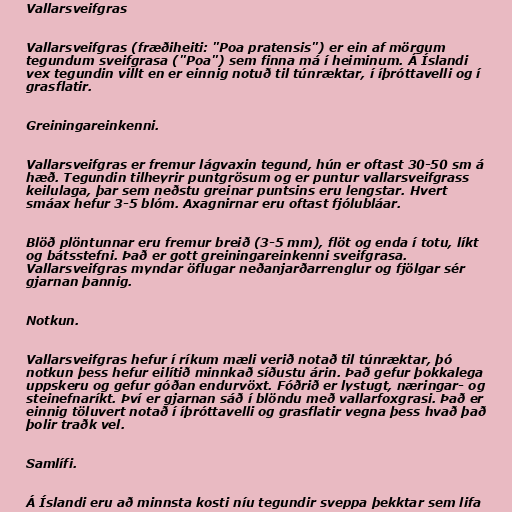
Vallarsveifgras

Vallarsveifgras (fræðiheiti: "Poa pratensis") er ein af mörgum
tegundum sveifgrasa ("Poa") sem finna má í heiminum. Á Íslandi
vex tegundin villt en er einnig notuð til túnræktar, í íþróttavelli og í
grasflatir.

Greiningareinkenni.

Vallarsveifgras er fremur lágvaxin tegund, hún er oftast 30-50 sm á
hæð. Tegundin tilheyrir puntgrösum og er puntur vallarsveifgrass
keilulaga, þar sem neðstu greinar puntsins eru lengstar. Hvert
smáax hefur 3-5 blóm. Axagnirnar eru oftast fjólubláar.

Blöð plöntunnar eru fremur breið (3-5 mm), flöt og enda í totu, líkt
og bátsstefni. Það er gott greiningareinkenni sveifgrasa.
Vallarsveifgras myndar öflugar neðanjarðarrenglur og fjölgar sér
gjarnan þannig.

Notkun.

Vallarsveifgras hefur í ríkum mæli verið notað til túnræktar, þó
notkun þess hefur eilítið minnkað síðustu árin. Það gefur þokkalega
uppskeru og gefur góðan endurvöxt. Fóðrið er lystugt, næringar- og
steinefnaríkt. Því er gjarnan sáð í blöndu með vallarfoxgrasi. Það er
einnig töluvert notað í íþróttavelli og grasflatir vegna þess hvað það
þolir traðk vel.

Samlífi.

Á Íslandi eru að minnsta kosti níu tegundir sveppa þekktar sem lifa